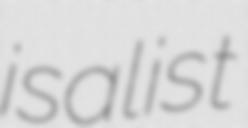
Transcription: is a list